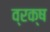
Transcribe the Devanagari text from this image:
व्रक्ष